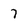
Character: 7